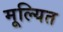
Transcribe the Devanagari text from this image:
मूल्यित